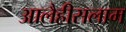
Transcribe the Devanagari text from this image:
आलैहीसलाम